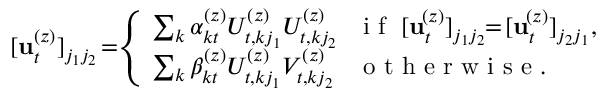
[ \mathbf { u } _ { t } ^ { ( z ) } ] _ { j _ { 1 } j _ { 2 } } \! = \! \! \left\{ \begin{array} { l l } { \! \sum _ { k } \alpha _ { k t } ^ { ( z ) } U _ { t , k j _ { 1 } } ^ { ( z ) } U _ { t , k j _ { 2 } } ^ { ( z ) } } & { \! \! \mathrm { ~ i ~ f ~ } \; [ \mathbf { u } _ { t } ^ { \! ( z ) } ] _ { j _ { 1 } j _ { 2 } } \! \! = \! [ \mathbf { u } _ { t } ^ { \! ( z ) } ] _ { j _ { 2 } j _ { 1 } } , } \\ { \! \sum _ { k } \beta _ { k t } ^ { ( z ) } U _ { t , k j _ { 1 } } ^ { ( z ) } V _ { t , k j _ { 2 } } ^ { ( z ) } } & { \! \! \mathrm { ~ o ~ t ~ h ~ e ~ r ~ w ~ i ~ s ~ e ~ } . } \end{array} \right.